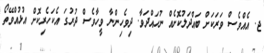
ޖ. އެއްވެސް ވަރަކަށް ބައްދަލުކޮށެއް ނުހައްދަވާ. ދިވެހިންނާ ވީހާވެސް ދުރުގަ އެކަހެރިކޮށް އުޅުއްވޭތޯ